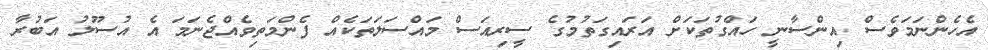
އެހެންނަމަވެސް އިންސާނީ ހައްގުތަކަށް އަރައިގަތުމުގެ ސީރިއަސް މައްސަލަތަކެއް ފެންމަތިވެއްޖެނަމަ އެ އުސޫލު އަބުރާ